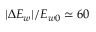
| \Delta E _ { w } | / E _ { w 0 } \simeq 6 0 \